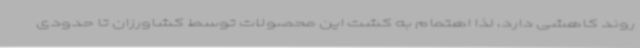
روند کاهشی دارد، لذا اهتمام به کشت این محصولات توسط کشاورزان تا حدودی